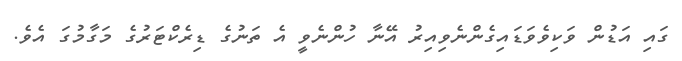
ގައި އަޑުން ވަކިވެވަޑައިގެންނެވިއިރު އޭނާ ހުންނެވީ އެ ތަނުގެ ޑިރެކްޓަރުގެ މަގާމުގަ އެވެ.